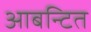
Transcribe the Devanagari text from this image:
आबन्टित